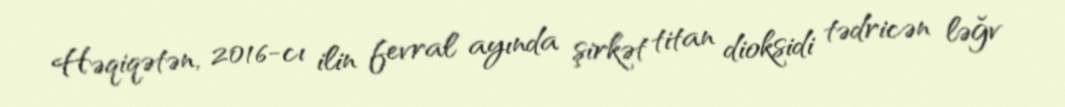
Həqiqətən, 2016-cı ilin fevral ayında şirkət titan dioksidi tədricən ləğv